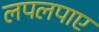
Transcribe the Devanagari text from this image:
लपलपाए